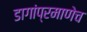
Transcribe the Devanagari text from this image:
डागांप्रमाणेच